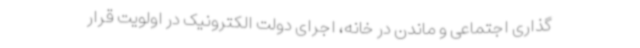
گذاری اجتماعی و ماندن در خانه، اجرای دولت الکترونیک در اولویت قرار